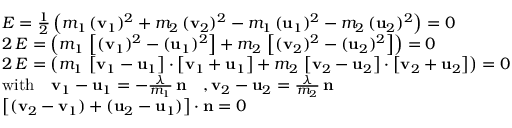
\begin{array} { r l } & { E = \frac { 1 } { 2 } \left( m _ { 1 } \, ( \mathbf { v } _ { 1 } ) ^ { 2 } + m _ { 2 } \, ( \mathbf { v } _ { 2 } ) ^ { 2 } - m _ { 1 } \, ( \mathbf { u } _ { 1 } ) ^ { 2 } - m _ { 2 } \, ( \mathbf { u } _ { 2 } ) ^ { 2 } \right) = 0 } \\ & { 2 \, E = \left( m _ { 1 } \, \left[ ( \mathbf { v } _ { 1 } ) ^ { 2 } - ( \mathbf { u } _ { 1 } ) ^ { 2 } \right] + m _ { 2 } \, \left[ ( \mathbf { v } _ { 2 } ) ^ { 2 } - ( \mathbf { u } _ { 2 } ) ^ { 2 } \right] \right) = 0 } \\ & { 2 \, E = \left( m _ { 1 } \, \left[ \mathbf { v } _ { 1 } - \mathbf { u } _ { 1 } \right] \cdot \left[ \mathbf { v } _ { 1 } + \mathbf { u } _ { 1 } \right] + m _ { 2 } \, \left[ \mathbf { v } _ { 2 } - \mathbf { u } _ { 2 } \right] \cdot \left[ \mathbf { v } _ { 2 } + \mathbf { u } _ { 2 } \right] \right) = 0 } \\ & { \mathrm { w i t h } \quad \mathbf { v } _ { 1 } - \mathbf { u } _ { 1 } = - \frac { \lambda } { m _ { 1 } } \, \mathbf n \quad , \mathbf { v } _ { 2 } - \mathbf { u } _ { 2 } = \frac { \lambda } { m _ { 2 } } \, \mathbf n } \\ & { \left[ ( \mathbf v _ { 2 } - \mathbf { v } _ { 1 } ) + ( \mathbf u _ { 2 } - \mathbf u _ { 1 } ) \right] \cdot \mathbf n = 0 } \end{array}